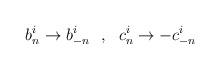
LaTeX: \begin{align*}b_n^i\rightarrow b_{-n}^i\ \ ,\ \ c_n^i\rightarrow -c_{-n}^i\end{align*}